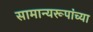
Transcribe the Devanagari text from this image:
सामान्यरूपांच्या